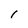
Character: l